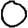
Digit: 0